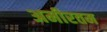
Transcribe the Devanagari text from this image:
अमीरतम